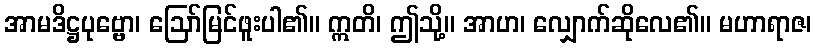
အာမဒိဋ္ဌပုဗ္ဗော၊ ဩော်မြင်ဖူးပါ၏။ ဣတိ၊ ဤသို့။ အာဟ၊ လျှောက်ဆိုလေ၏။ မဟာရာဇ၊